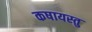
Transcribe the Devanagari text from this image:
कषायस्तु